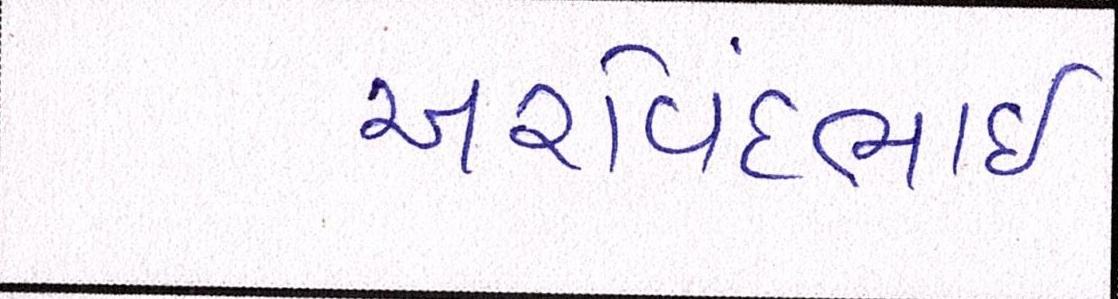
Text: અરવિંદભાઇ